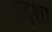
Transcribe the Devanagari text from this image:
बादुशा